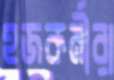
হজকর্মীরা